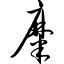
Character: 糜